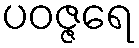
ပဝဇ္ဇရေ